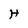
Character: H